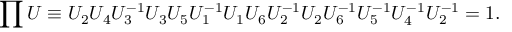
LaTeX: \prod U \equiv U _ { 2 } U _ { 4 } U _ { 3 } ^ { - 1 } U _ { 3 } U _ { 5 } U _ { 1 } ^ { - 1 } U _ { 1 } U _ { 6 } U _ { 2 } ^ { - 1 } U _ { 2 } U _ { 6 } ^ { - 1 } U _ { 5 } ^ { - 1 } U _ { 4 } ^ { - 1 } U _ { 2 } ^ { - 1 } = 1 .